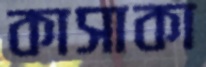
কাসাকা